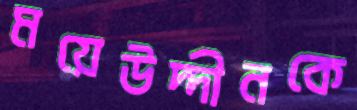
ময়েউদ্দীনকে